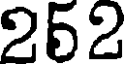
252